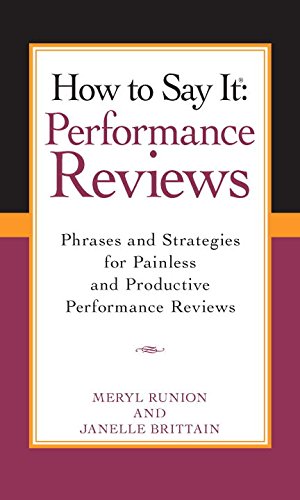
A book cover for How To Say It Performance Reviews: Phrases and Strategies for Painless and Productive Performance Reviews (How to Say It); Meryl Runion; Humor & Entertainment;